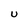
Character: U